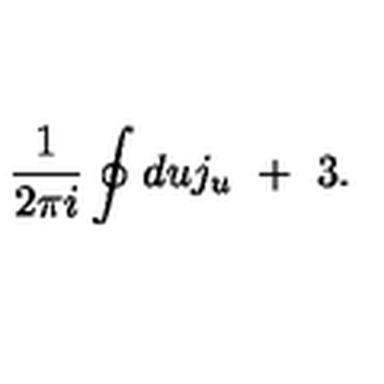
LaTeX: \frac { 1 } { 2 \pi i } \oint d u j _ { u } \ + \ 3 .